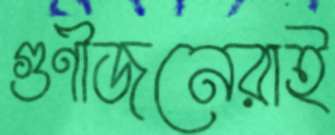
গুণীজনেরাই